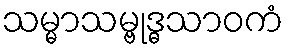
သမ္မာသမ္ဗုဒ္ဓသာဝကံ